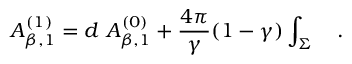
A _ { \beta , 1 } ^ { ( 1 ) } = d ~ A _ { \beta , 1 } ^ { ( 0 ) } + { \frac { 4 \pi } { \gamma } } ( 1 - \gamma ) \int _ { \Sigma } ~ ~ ~ .